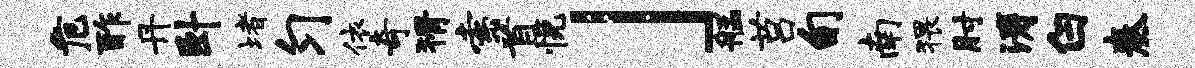
危酢丹卧堵匀依奇猾索首悦」艋莒旬南猥肘涛白奏